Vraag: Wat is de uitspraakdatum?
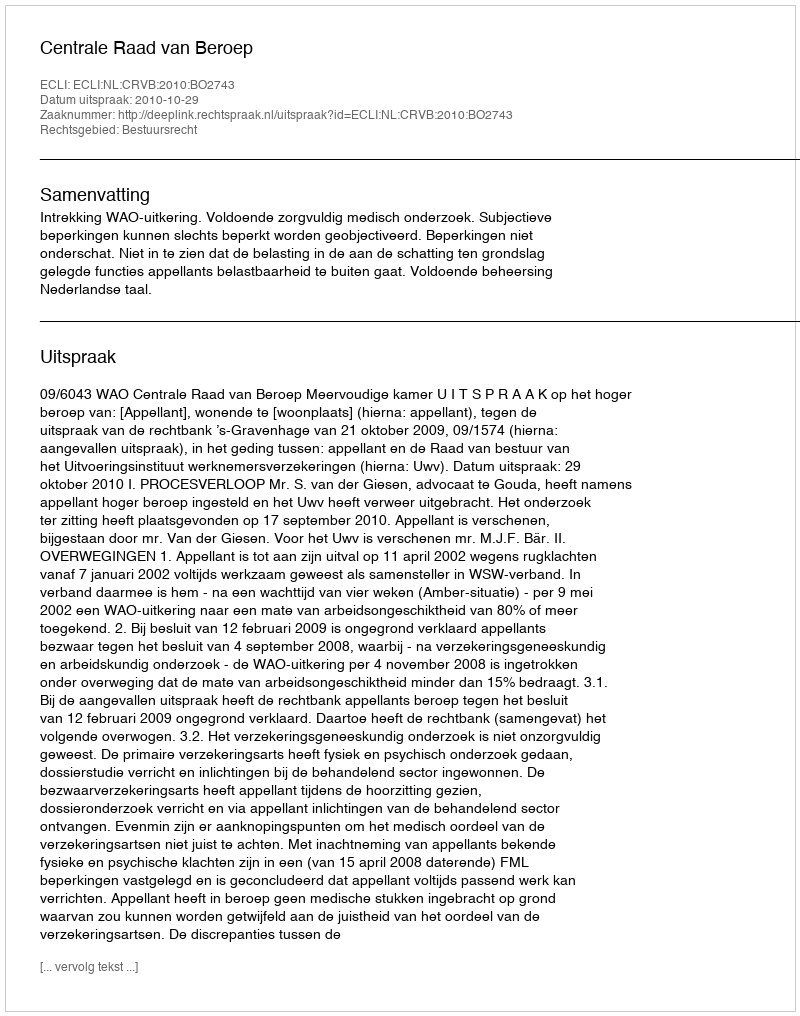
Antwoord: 2010-10-29